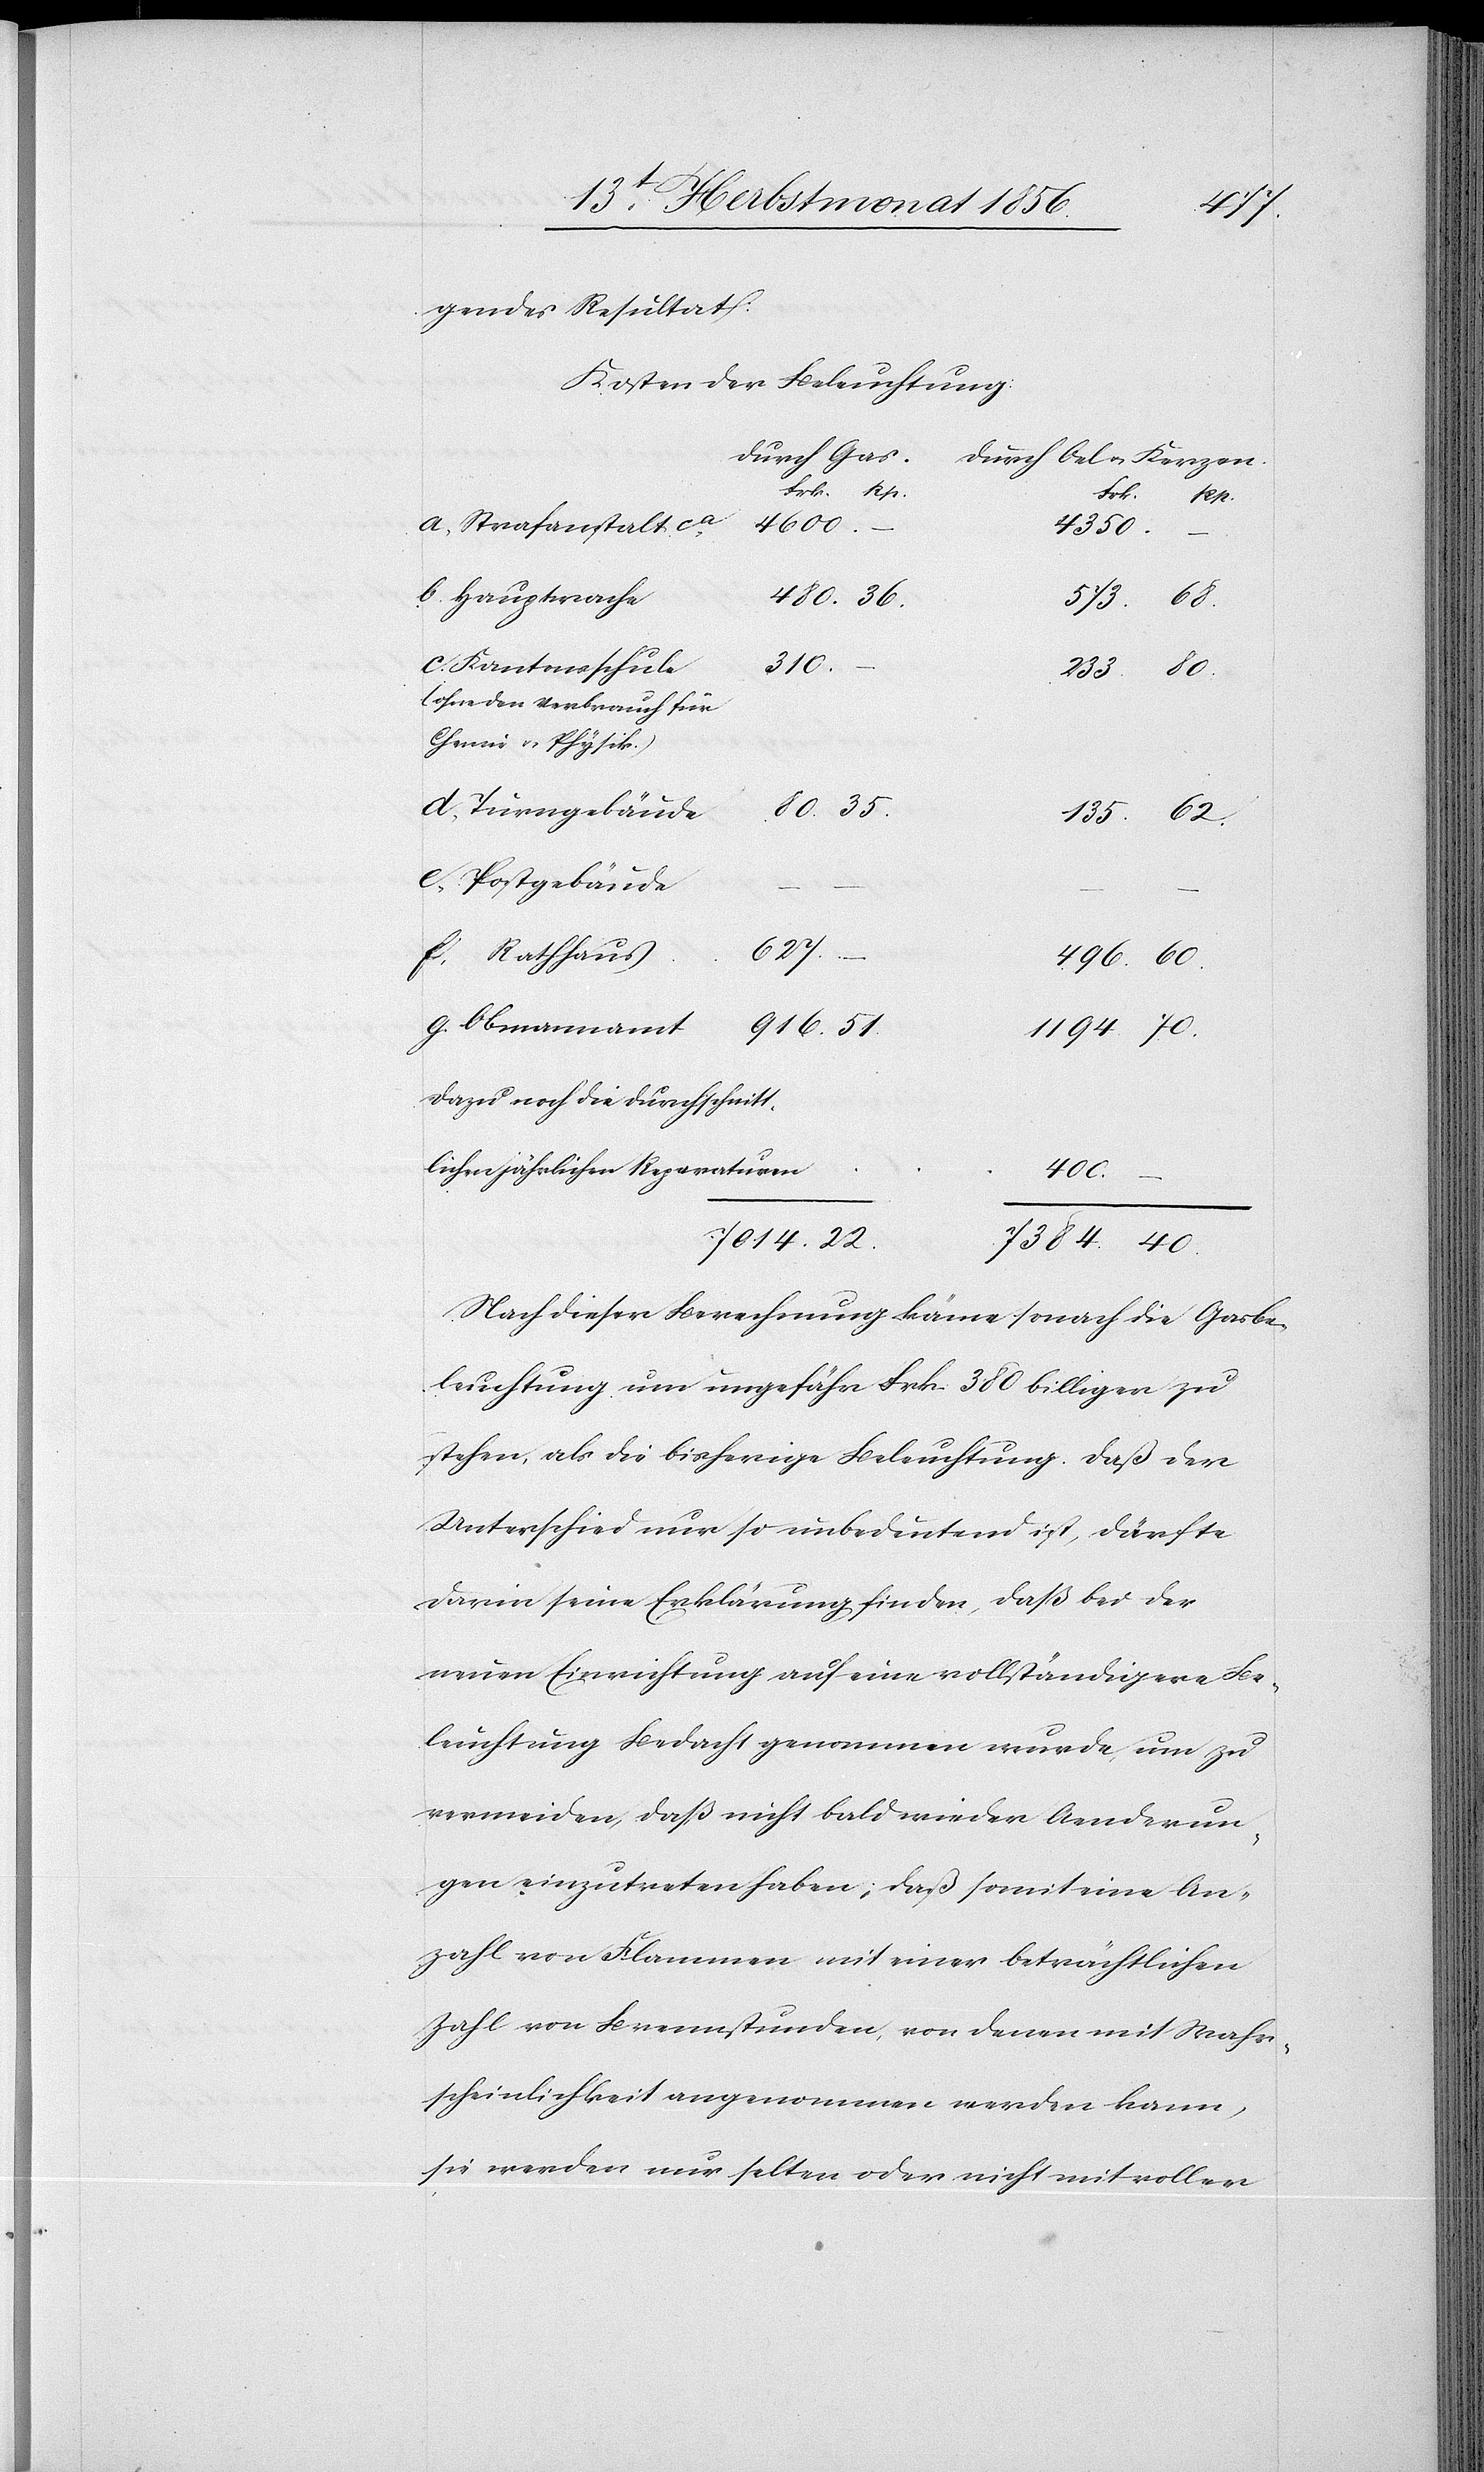
7384.
gendes Resultat:
Kosten der Beleuchtung:
durch Gas.
durch Oel u. Kerzen.
4600.
a. Strafanstalt ca
4350.
–
b. Hauptwache
c. Kantonsschule
51.
(ohne den Verbrauch für
Chemie u. Physik.
Turngebäude
e. Postgebäude
627.
f. Rathhaus
g. Obmannamt
916.
Dazu noch die durchschnitt¬
22.
lichen jährlichen Reparaturen
400.
Nach dieser Berechnung käme sonach die Gasbe¬
leuchtung um ungefähr Frk. 380 billiger zu
stehen, als die bisherige Beleuchtung. Daß der
Unterschied nur so unbedeutend ist, dürfte
darin seine Erklärung finden, daß bei der
neuen Einrichtung auf eine vollständigere Be¬
leuchtung Bedacht genommen wurde, um zu
vermeiden, daß nicht bald wieder Aenderun¬
gen einzutreten haben; daß somit eine An¬
zahl von Flammen mit einer beträchtlichen
Zahl von Brennstunden, von denen mit Wahr¬
scheinlichkeit angenommen werden kann,
sie werden nur selten oder nicht mit voller